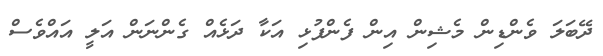
ދޭބަލަ ވެންޑިން މެޝިން އިން ފެންފުޅި އަކާ ދަޅެއް ގެންނަން އަލީ އައްވެސް